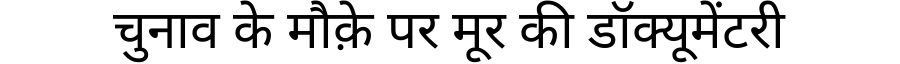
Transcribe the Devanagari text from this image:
चुनाव के मौक़े पर मूर की डॉक्यूमेंटरी